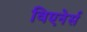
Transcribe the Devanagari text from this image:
विएनेर्स